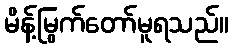
မိန့်မြွက်တော်မူရသည်။